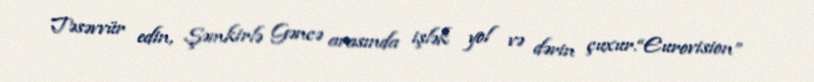
Təsəvvür edin, Şəmkirlə Gəncə arasında işlək yol və dərin çuxur.“Eurovision”